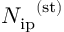
{ N _ { \mathrm { i p } } } ^ { \mathrm { ( s t ) } }